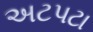
અટપટા